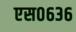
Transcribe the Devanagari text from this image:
एस०६३६